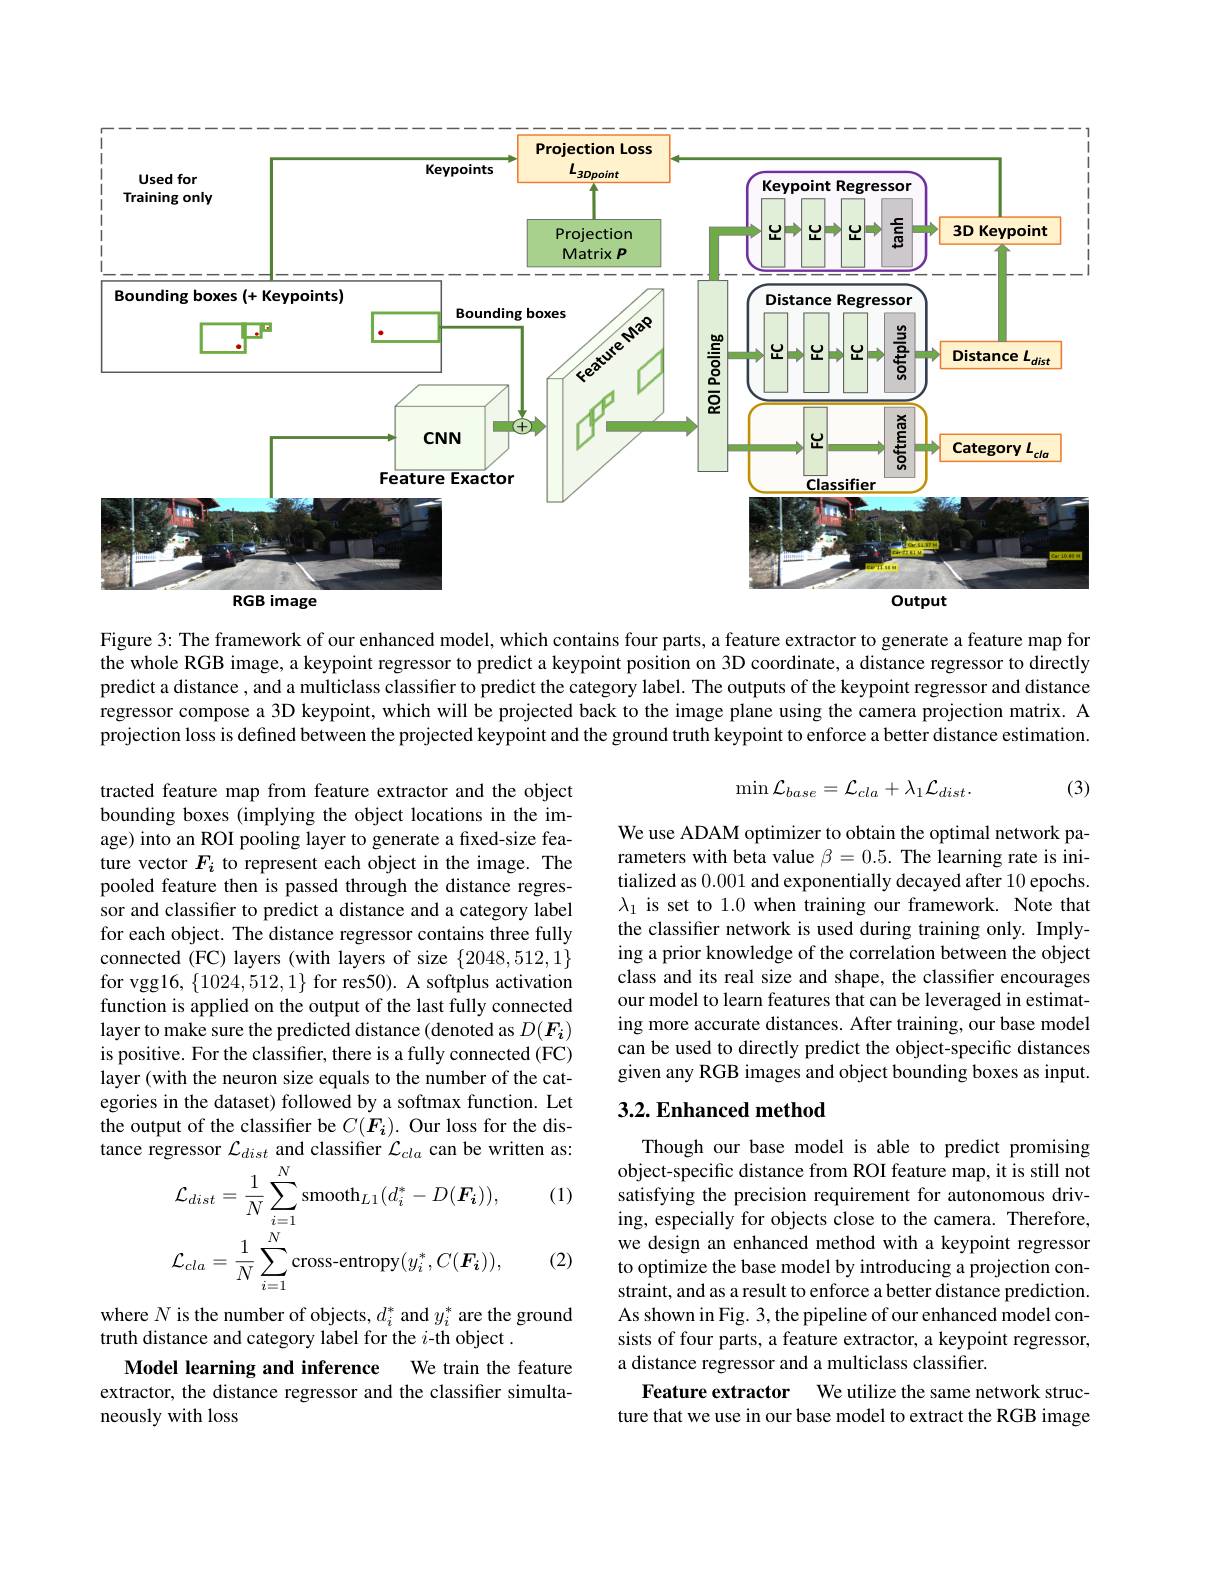
<FigureHere>

Figure 3: The framework of our enhanced model, which contains four parts, a feature extractor to generate a feature map for the whole RGB image, a keypoint regressor to predict a keypoint position on 3D coordinate, a distance regressor to directly predict a distance , and a multiclass classifier to predict the category label. The outputs of the keypoint regressor and distance regressor compose a 3D keypoint, which will be projected back to the image plane using the camera projection matrix. A projection loss is defined between the projected keypoint and the ground truth keypoint to enforce a better distance estimation.

(3)
$$\min\mathcal{L}_{base}=\mathcal{L}_{cla}+\lambda_{1}\mathcal{L}_{dist}.$$
We use ADAM optimizer to obtain the optimal network parameters with beta value $\beta=0.5.$ The learning rate is initialized as 0.001 and exponentially decayed after 10 epochs. $\lambda_1$ is set to 1.0 when training our framework. Note that the classifier network is used during training only. Implying a prior knowledge of the correlation between the object class and its real size and shape, the classifier encourages our model to learn features that can be leveraged in estimating more accurate distances. After training, our base model can be used to directly predict the object-specific distances given any RGB images and object bounding boxes as input.

tracted feature map from feature extractor and the object bounding boxes (implying the object locations in the image) into an ROI pooling layer to generate a fixed-size feature vector $F_i$ to represent each object in the image. The pooled feature then is passed through the distance regressor and classifier to predict a distance and a category label for each object. The distance regressor contains three fully connected (FC) layers (with layers of size $\{2048,512,1\}$ for vgg16, $\{1024,512,1\}$ for res50). A softplus activation function is applied on the output of the last fully connected layer to make sure the predicted distance (denoted as $D(F_i)$ is positive. For the classifier, there is a fully connected (FC) layer (with the neuron size equals to the number of the categories in the dataset) followed by a softmax function. Let the output of the classifier be $C(F_{i}).$ Our loss for the distance regressor $\mathcal{L}_dist$ and classifier $\mathcal{L}_cla$ can be written as:

## $3. 2. \textbf{Enhanced method}$

(1)
$$\mathcal{L}_{dist}=\frac{1}{N}\sum_{i=1}^{N}\mathrm{smooth}_{L1}(d_{i}^{*}-D(\boldsymbol{F_{i}})),\\\mathcal{L}_{cla}=\frac{1}{N}\sum_{i=1}^{N}\mathrm{cross-entropy}(y_{i}^{*},C(\boldsymbol{F_{i}})),$$
(2)

Though our base model is able to predict promising object-specific distance from ROI feature map, it is still not satisfying the precision requirement for autonomous driving, especially for objects close to the camera. Therefore, we design an enhanced method with a keypoint regressor to optimize the base model by introducing a projection constraint, and as a result to enforce a better distance prediction. As shown in Fig. 3, the pipeline of our enhanced model consists of four parts, a feature extractor, a keypoint regressor, a distance regressor and a multiclass classifier.
Feature extractor We utilize the same network structure that we use in our base model to extract the RGB image

where $N$ is the number of objects, $d_i^*$ and $y_i^*$ are the ground
truth distance and category label for the $i$-th object .
We train the feature
Model learning and inference
extractor, the distance regressor and the classifier simulta-
neously with loss